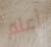
أعلم